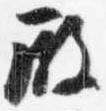
殿